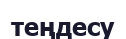
теңдесу